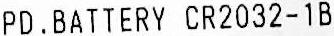
PD.BATTERY CR2032-1B